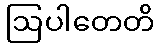
ဩပါတေတိ